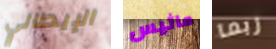
الإيطالي ماثيس ربما